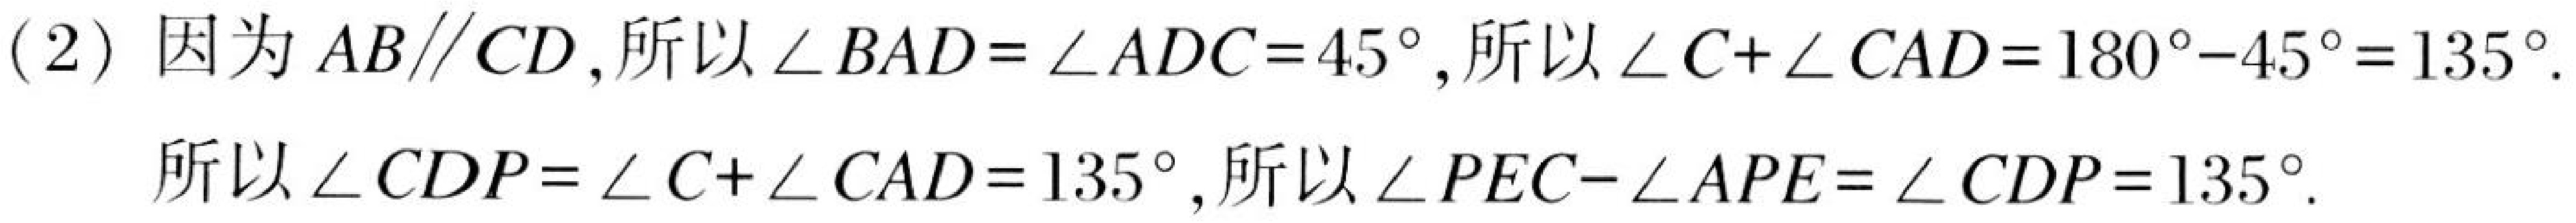
(2) 因为 \(AB\parallel CD\),所以 \(\angle BAD=\angle ADC = 45^{\circ}\),所以 \(\angle C+\angle CAD=180^{\circ}-45^{\circ}=135^{\circ}\).
所以 \(\angle CDP=\angle C+\angle CAD = 135^{\circ}\),所以 \(\angle PEC-\angle APE=\angle CDP = 135^{\circ}\).